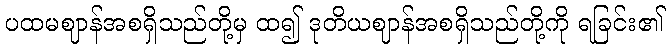
ပထမဈာန်အစရှိသည်တို့မှ ထ၍ ဒုတိယဈာန်အစရှိသည်တို့ကို ရခြင်း၏